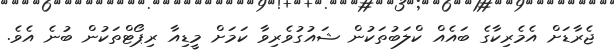
ޖެރާޑަށް އެމެރިކާގެ ބައެއް ކްލަބުތަކުން ޝައުގުވެރިވާ ކަމަށް މީޑިއާ ރިޕޯޓްތަކުން ބުނެ އެވެ.